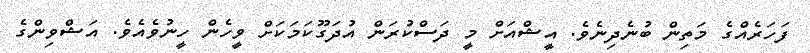
ފަހަރެއްގެ މަތިން ބުނެދިނެވެ. އީޝްއަށް މީ ދަސްކުރަން އުދަގޫކަމަކަށް ވީހެން ހީނުވެއެވެ. އަޝްވިންގެ